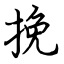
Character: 挽